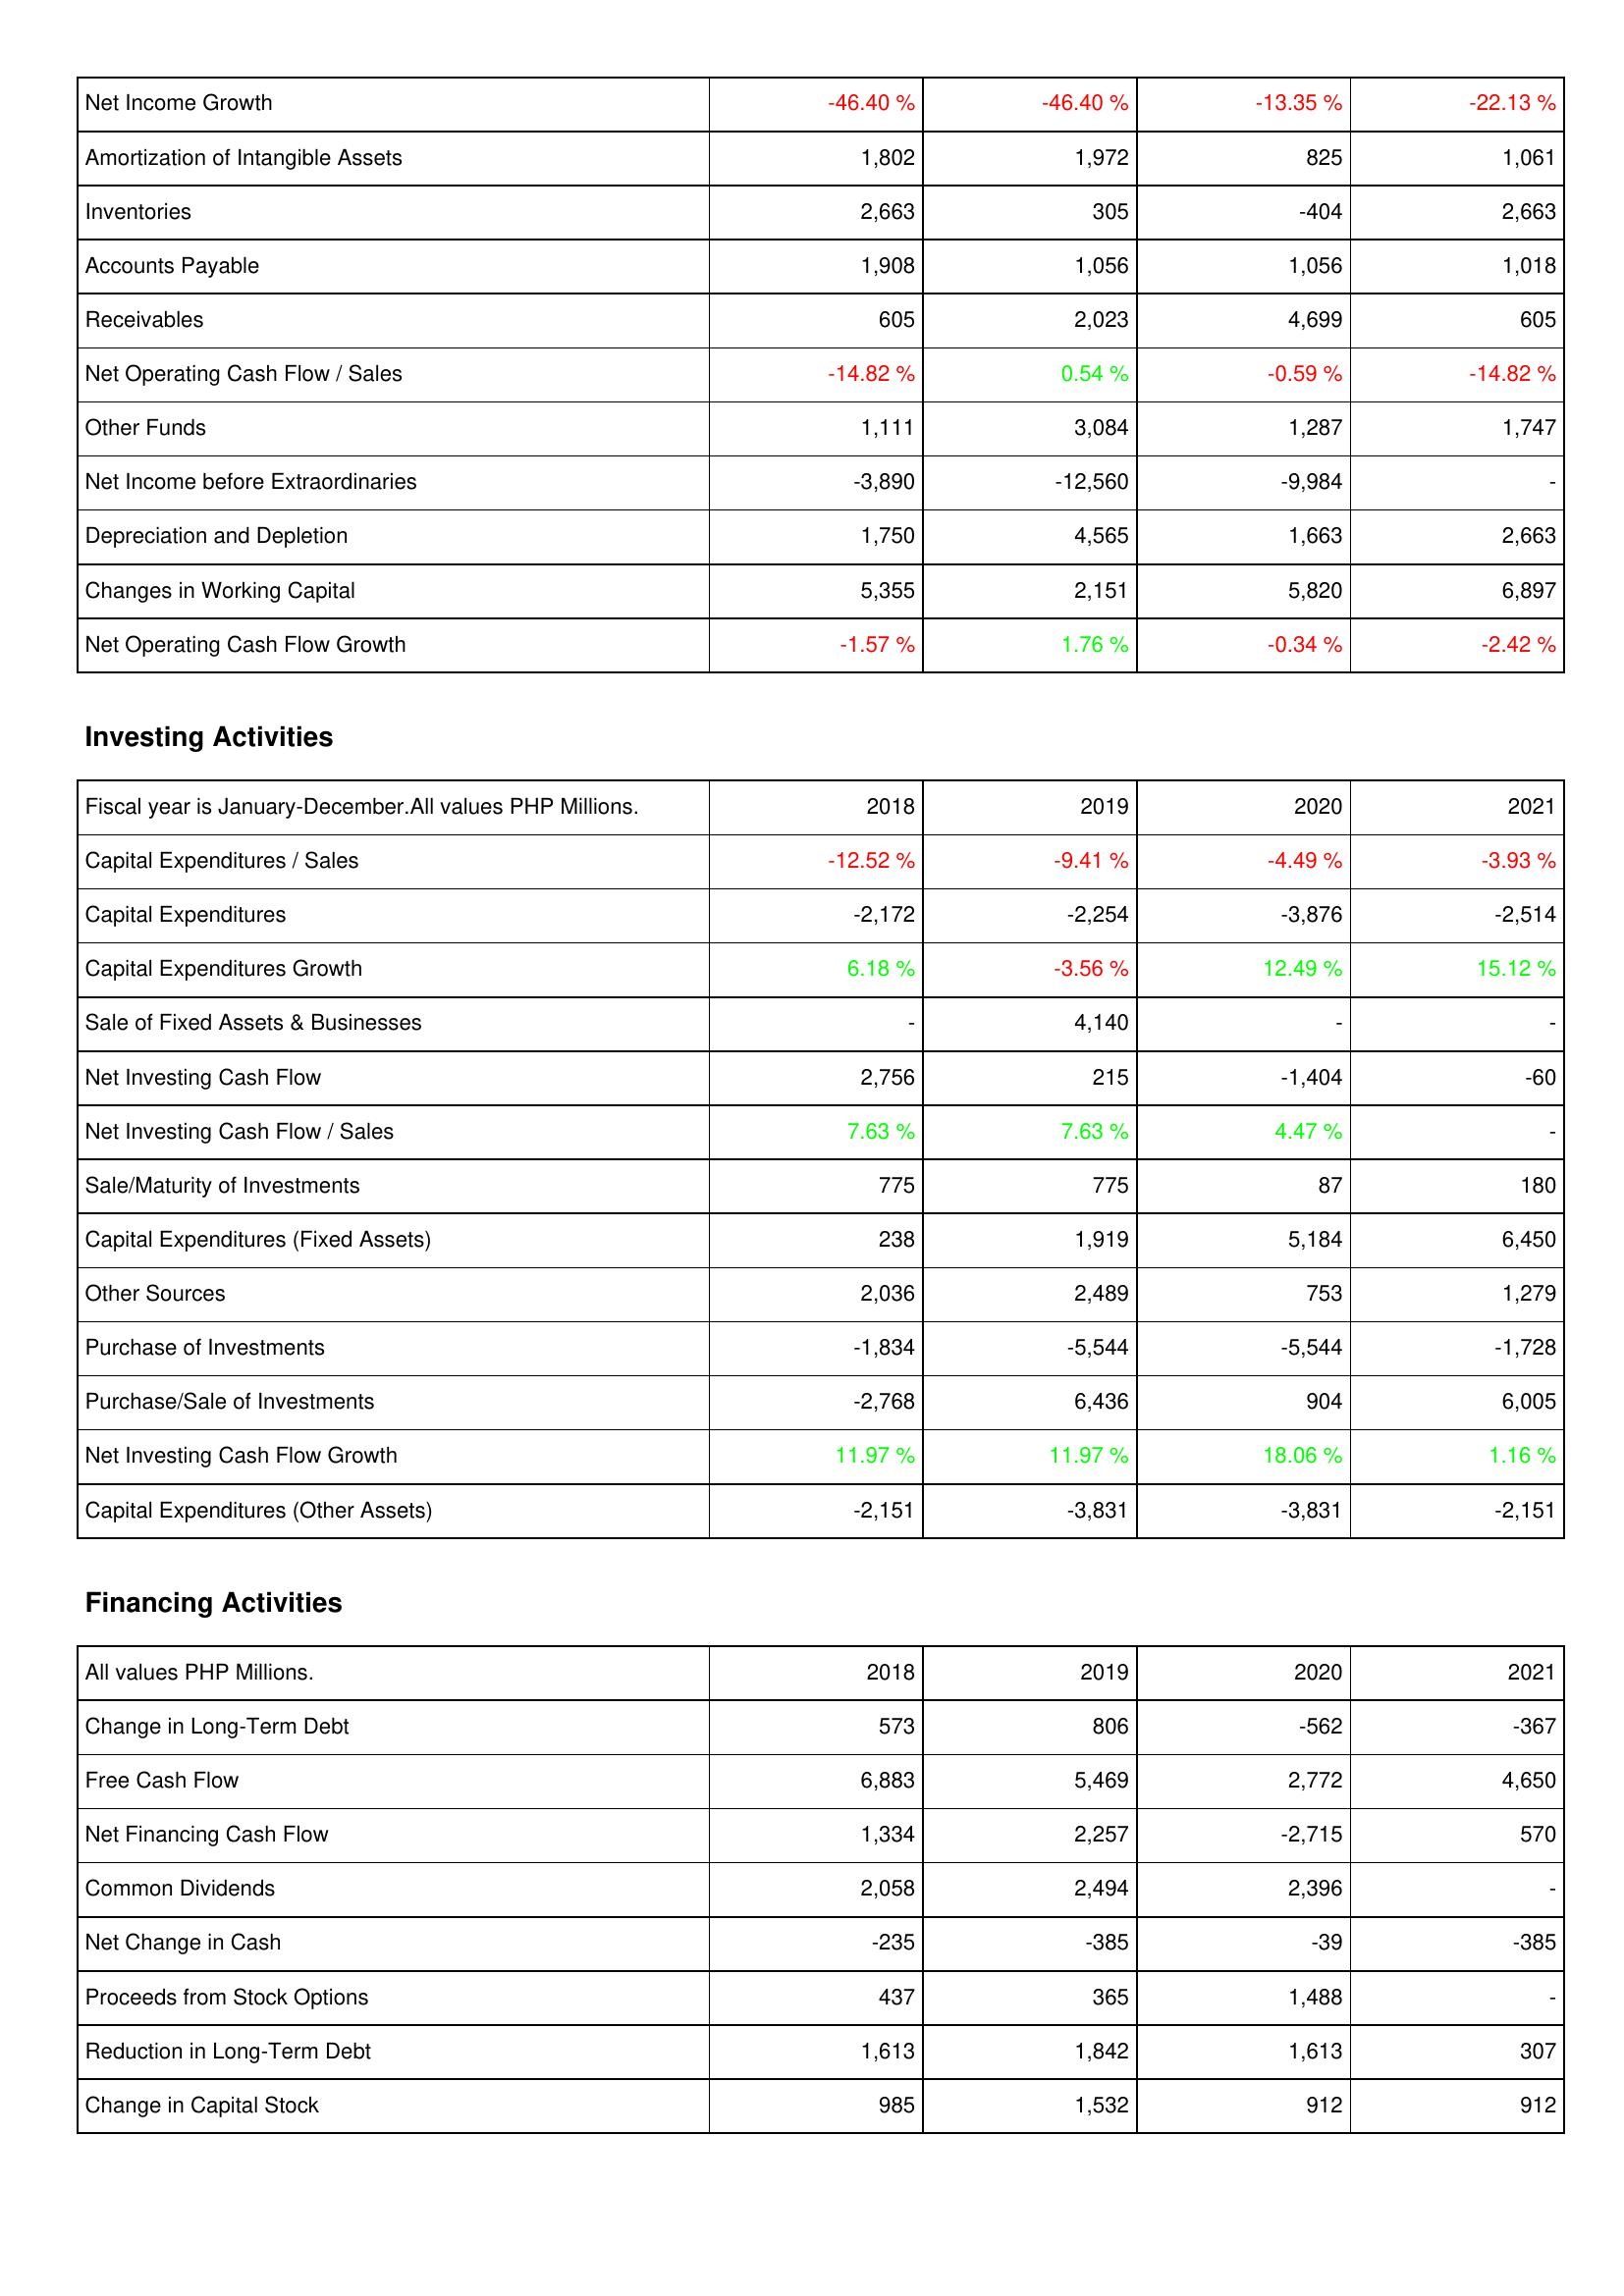
2018: Operating Activities: Net Income Growth: -46.40 %
Amortization of Intangible Assets: 1,802
Inventories: 2,663
Accounts Payable: 1,908
Receivables: 605
Net Operating Cash Flow / Sales: -14.82 %
Other Funds: 1,111
Net Income before Extraordinaries: -3,890
Depreciation and Depletion: 1,750
Changes in Working Capital: 5,355
Net Operating Cash Flow Growth: -1.57 %
Investing Activities: Capital Expenditures / Sales: -12.52 %
Capital Expenditures: -2,172
Capital Expenditures Growth: 6.18 %
Sale of Fixed Assets & Businesses: -
Net Investing Cash Flow: 2,756
Net Investing Cash Flow / Sales: 7.63 %
Sale/Maturity of Investments: 775
Capital Expenditures (Fixed Assets): 238
Other Sources: 2,036
Purchase of Investments: -1,834
Purchase/Sale of Investments: -2,768
Net Investing Cash Flow Growth: 11.97 %
Capital Expenditures (Other Assets): -2,151
Financing Activities: Change in Long-Term Debt: 573
Free Cash Flow: 6,883
Net Financing Cash Flow: 1,334
Common Dividends: 2,058
Net Change in Cash: -235
Proceeds from Stock Options: 437
Reduction in Long-Term Debt: 1,613
Change in Capital Stock: 985
2019: Operating Activities: Net Income Growth: -46.40 %
Amortization of Intangible Assets: 1,972
Inventories: 305
Accounts Payable: 1,056
Receivables: 2,023
Net Operating Cash Flow / Sales: 0.54 %
Other Funds: 3,084
Net Income before Extraordinaries: -12,560
Depreciation and Depletion: 4,565
Changes in Working Capital: 2,151
Net Operating Cash Flow Growth: 1.76 %
Investing Activities: Capital Expenditures / Sales: -9.41 %
Capital Expenditures: -2,254
Capital Expenditures Growth: -3.56 %
Sale of Fixed Assets & Businesses: 4,140
Net Investing Cash Flow: 215
Net Investing Cash Flow / Sales: 7.63 %
Sale/Maturity of Investments: 775
Capital Expenditures (Fixed Assets): 1,919
Other Sources: 2,489
Purchase of Investments: -5,544
Purchase/Sale of Investments: 6,436
Net Investing Cash Flow Growth: 11.97 %
Capital Expenditures (Other Assets): -3,831
Financing Activities: Change in Long-Term Debt: 806
Free Cash Flow: 5,469
Net Financing Cash Flow: 2,257
Common Dividends: 2,494
Net Change in Cash: -385
Proceeds from Stock Options: 365
Reduction in Long-Term Debt: 1,842
Change in Capital Stock: 1,532
2020: Operating Activities: Net Income Growth: -13.35 %
Amortization of Intangible Assets: 825
Inventories: -404
Accounts Payable: 1,056
Receivables: 4,699
Net Operating Cash Flow / Sales: -0.59 %
Other Funds: 1,287
Net Income before Extraordinaries: -9,984
Depreciation and Depletion: 1,663
Changes in Working Capital: 5,820
Net Operating Cash Flow Growth: -0.34 %
Investing Activities: Capital Expenditures / Sales: -4.49 %
Capital Expenditures: -3,876
Capital Expenditures Growth: 12.49 %
Sale of Fixed Assets & Businesses: -
Net Investing Cash Flow: -1,404
Net Investing Cash Flow / Sales: 4.47 %
Sale/Maturity of Investments: 87
Capital Expenditures (Fixed Assets): 5,184
Other Sources: 753
Purchase of Investments: -5,544
Purchase/Sale of Investments: 904
Net Investing Cash Flow Growth: 18.06 %
Capital Expenditures (Other Assets): -3,831
Financing Activities: Change in Long-Term Debt: -562
Free Cash Flow: 2,772
Net Financing Cash Flow: -2,715
Common Dividends: 2,396
Net Change in Cash: -39
Proceeds from Stock Options: 1,488
Reduction in Long-Term Debt: 1,613
Change in Capital Stock: 912
2021: Operating Activities: Net Income Growth: -22.13 %
Amortization of Intangible Assets: 1,061
Inventories: 2,663
Accounts Payable: 1,018
Receivables: 605
Net Operating Cash Flow / Sales: -14.82 %
Other Funds: 1,747
Net Income before Extraordinaries: -
Depreciation and Depletion: 2,663
Changes in Working Capital: 6,897
Net Operating Cash Flow Growth: -2.42 %
Investing Activities: Capital Expenditures / Sales: -3.93 %
Capital Expenditures: -2,514
Capital Expenditures Growth: 15.12 %
Sale of Fixed Assets & Businesses: -
Net Investing Cash Flow: -60
Net Investing Cash Flow / Sales: -
Sale/Maturity of Investments: 180
Capital Expenditures (Fixed Assets): 6,450
Other Sources: 1,279
Purchase of Investments: -1,728
Purchase/Sale of Investments: 6,005
Net Investing Cash Flow Growth: 1.16 %
Capital Expenditures (Other Assets): -2,151
Financing Activities: Change in Long-Term Debt: -367
Free Cash Flow: 4,650
Net Financing Cash Flow: 570
Common Dividends: -
Net Change in Cash: -385
Proceeds from Stock Options: -
Reduction in Long-Term Debt: 307
Change in Capital Stock: 912